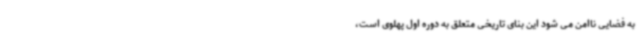
به فضایی ناامن می شود این بنای تاریخی متعلق به دوره اول پهلوی است،